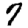
Digit: 7